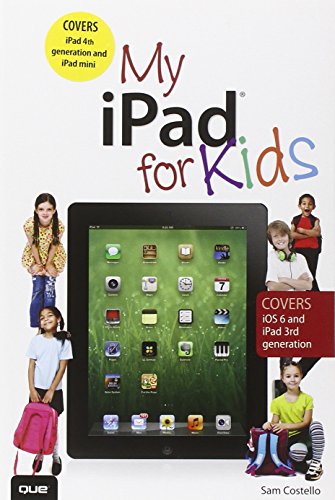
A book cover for My iPad for Kids (Covers iOS 6 on iPad 3rd or 4th generation, and iPad mini) (2nd Edition); Sam Costello; Computers & Technology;